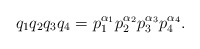
\begin{align*}q_1q_2q_3q_4 = p_1^{\alpha_1}p_2^{\alpha_2}p_3^{\alpha_3}p_4^{\alpha_4}.\end{align*}